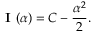
{ \textbf { I } } ( \alpha ) = C - { \frac { \alpha ^ { 2 } } { 2 } } .